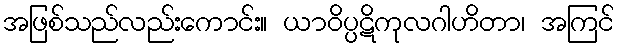
အဖြစ်သည်လည်းကောင်း။ ယာဝိပ္ပဋိကုလဂါဟိတာ၊ အကြင်